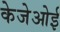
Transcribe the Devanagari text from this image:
केजेओई